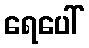
ရေပေါ်